Civil Veterinary Department Bihar & Orissa reports 1929-36 - 1929-1936
Year: 1929
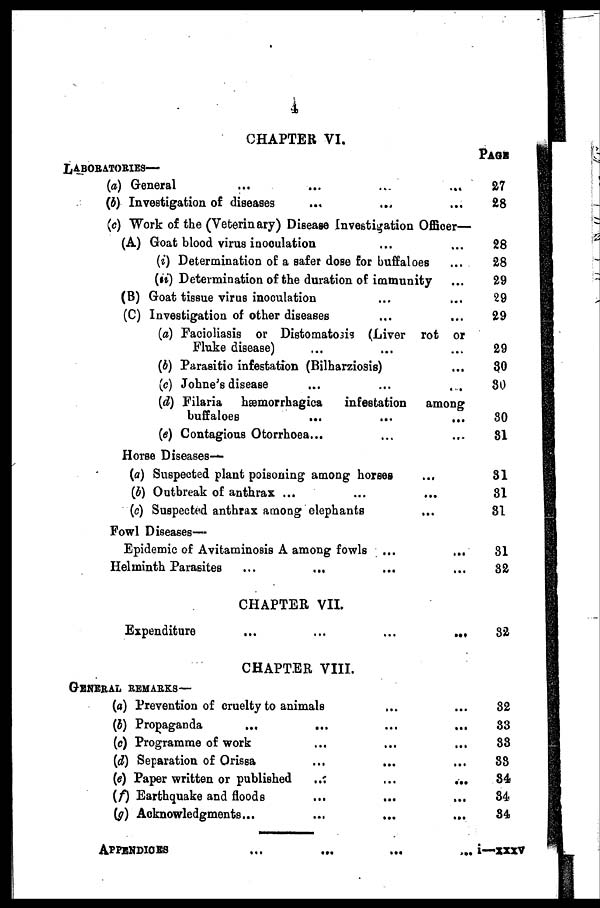
4
CHAPTER VI.
LABORATORIES—
(a) General ... ... ... ...
(b) Investigation of diseases ... ... ... ...
(c) Work of the (Veterinary) Disease Investigation Officer—
(A) Goat blood virus inoculation ... ...
(i) Determination of a safer dose for buffaloes ...
(ii) Determination of the duration of immunity ...
(B) Goat tissue virus inoculation ... ...
(C) Investigation of other diseases ... ...
(a) Facioliasis or Distomatosis (Liver rot or
Fluke disease) ... ... ...
(b) Parasitic infestation (Bilharziosis) ...
(c) Johne's disease
...
...
...
(d) Filaria hæmorrhagica
infestation
among
buffaloes
...
...
...
(e) Contagious Otorrhoea ... ... ...
Horse Diseases-
(a) Suspected plant poisoning among horses ...
(b) Outbreak of anthrax ... ... ...
(c) Suspected anthrax among elephants
Fowl Diseases—
Epidemic of Avitaminosis A among fowls ...
Helminth Parasites ... ... ... ...
CHAPTER VII.
Expenditure
...
...
...
...
CHAPTER VIII.
GENERAL REMARKS—
(a) Prevention of cruelty to animals ... ...
(b) Propaganda
... ... ... ...
(c) Programme of work ... ... ...
(d) Separation of Orissa ... ... ...
(e) Paper written or published
...
...
...
(f) Earthquake and floods ... ... ...
(g) Acknowledgments... ... ... ...
APPENDICES ... ... ... ...
PAGE.
27
28
28
28
29
29
29
29
30
30
80
81
31
31
31
31
32
32
32
33
33
33
34
34
34
i—xxxv